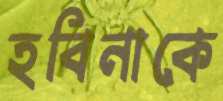
হবিনাকে